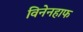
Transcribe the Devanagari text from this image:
विनेनहाफ